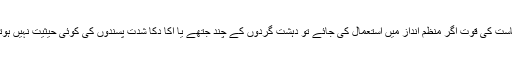
ریاست کی قوت اگر منظم انداز میں استعمال کی جائے تو دہشت گردوں کے چند جتھے یا اکا دکا شدت پسندوں کی کوئی حیثیت نہیں ہوتی۔